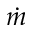
\dot { m }